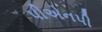
પીએનપી